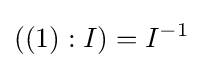
((1):I)=I^{-1}